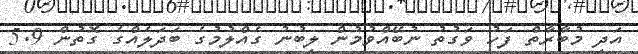
އަދި މުބާރާތް ފަހު ވަގުތު ނުބޭއްވުމުން ލިބުނު ގެއްލުމުގެ ބަދަލެއްގެ ގޮތުން 5.9